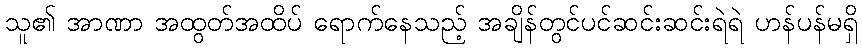
သူ၏ အာဏာ အထွတ်အထိပ် ရောက်နေသည့် အချိန်တွင်ပင်ဆင်းဆင်းရဲရဲ ဟန်ပန်မရှိ